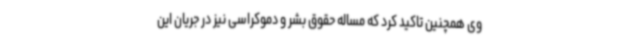
وی همچنین تاکید کرد که مساله حقوق بشر و دموکراسی نیز در جریان این